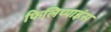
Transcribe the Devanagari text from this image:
फिलिप्पाइंस